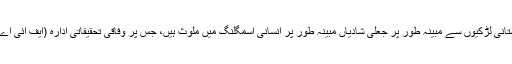
واضح رہے کہ گزشتہ کئی ماہ سے اس طرح کی خبریں سامنے آرہی ہیں کہ چینی شہری پاکستانی لڑکیوں سے مبینہ طور پر جعلی شادیاں مبینہ طور پر انسانی اسمگلنگ میں ملوث ہیں، جس پر وفاقی تحقیقاتی ادارہ (ایف آئی اے) ملک کے مختلف شہروں میں کارروائی کرکے درجنوں چینی باشندوں کو گرفتار کرچکا ہے۔